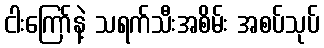
ငါးကြော်နဲ့ သရက်သီးအစိမ်း အစပ်သုပ်